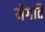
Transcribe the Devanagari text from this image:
मेंगति